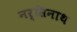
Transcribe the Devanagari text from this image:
नर्सिनाथ